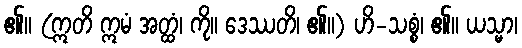
၏။ (ဣတိ ဣမံ အတ္ထံ၊ ကို။ ဒေဿတိ၊ ၏။) ဟိ-သစ္စံ၊ ၏။ ယသ္မာ၊